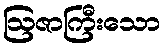
ဩဇာကြီးသော